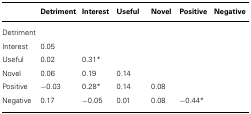
|  | Detriment | Interest | Useful | Novel | Positive | Negative |
 | --- | --- | --- | --- | --- | --- | --- |
 | Detriment |
 | Interest | 0.05 |
 | Useful | 0.02 | 0.31* |
 | Novel | 0.06 | 0.19 | 0.14 |
 | Positive | -0.03 | 0.28* | 0.14 | 0.08 |
 | Negative | 0.17 | -0.05 | 0.01 | 0.08 | -0.44* |